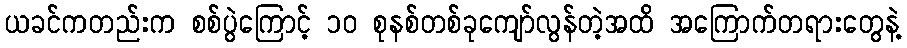
ယခင်ကတည်းက စစ်ပွဲကြောင့် ၁၀ စုနစ်တစ်ခုကျော်လွန်တဲ့အထိ အကြောက်တရားတွေနဲ့